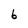
Character: b